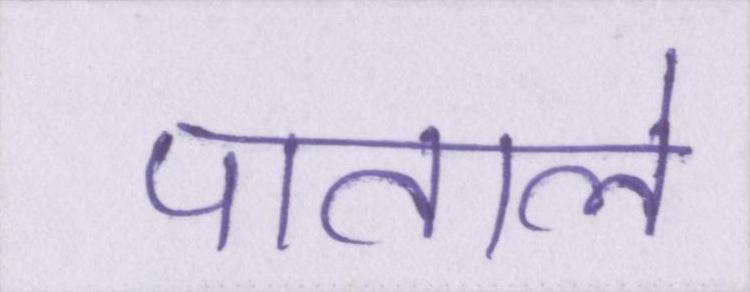
पाताले